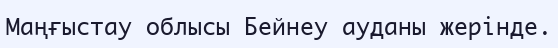
Маңғыстау облысы Бейнеу ауданы жерінде.